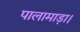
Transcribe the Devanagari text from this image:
पालामाड़ा।